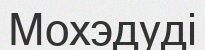
Мохэдуді